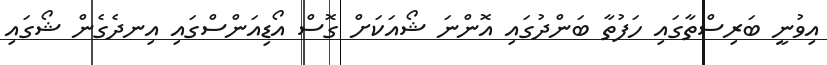
އިވުނީ ބަރިސްތާގައި ހަފުތާ ބަންދުގައި އޮންނަ ޝޯއަކަށް ގޮސް އޯޑިއަންސްގައި އިނދެގެން ޝޯގައި